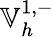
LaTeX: \mathbb{V}_{h}^{1,-}